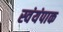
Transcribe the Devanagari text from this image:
स्वंयंपाक